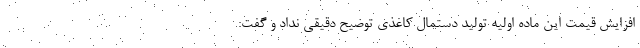
افزایش قیمت این ماده اولیه تولید دستمال کاغذی توضیح دقیقی نداد و گفت: